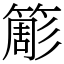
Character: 簓